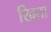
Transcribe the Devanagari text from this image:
खिता